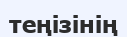
теңізінің